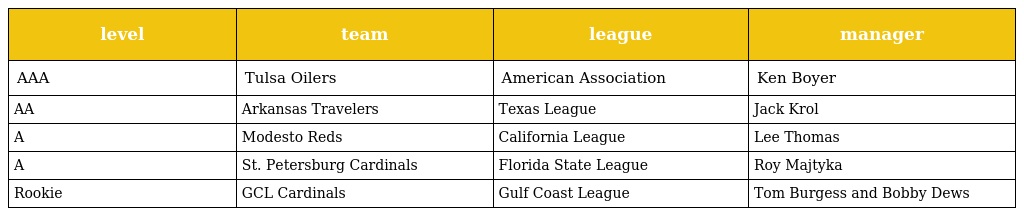
| level | team | league | manager |
 | --- | --- | --- | --- |
 | AAA | Tulsa Oilers | American Association | Ken Boyer |
 | AA | Arkansas Travelers | Texas League | Jack Krol |
 | A | Modesto Reds | California League | Lee Thomas |
 | A | St. Petersburg Cardinals | Florida State League | Roy Majtyka |
 | Rookie | GCL Cardinals | Gulf Coast League | Tom Burgess and Bobby Dews |